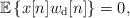
LaTeX: \begin{align*}{\mathbb{E}}\left\{x[n]w_{\rm d}[n]\right\} = 0,\end{align*}